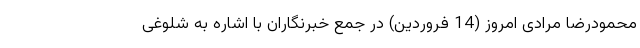
محمودرضا مرادی امروز (14 فروردین) در جمع خبرنگاران با اشاره به شلوغی